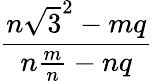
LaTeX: \frac{n{\sqrt{3}}^{2}-mq}{n{\frac{m}{n}}-nq}